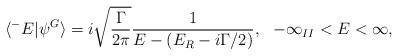
LaTeX: \begin{align*}\langle^-E|\psi^G\rangle=i\sqrt{\frac{\Gamma}{2\pi}}\frac{1}{E-(E_R-i\Gamma/2)},\,\,\,\,-\infty_{II}<E<\infty,\end{align*}